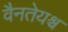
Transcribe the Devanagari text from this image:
वैनतेयश्च